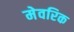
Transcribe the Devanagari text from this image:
मेवरिक